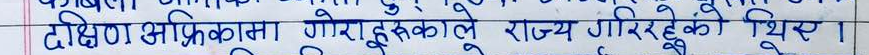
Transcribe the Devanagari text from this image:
दक्षिण अफ्रिकामा गोरा हरुकोले राज्य गरिरहेको थियो।